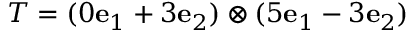
T = ( 0 \mathbf { e } _ { 1 } + 3 \mathbf { e } _ { 2 } ) \otimes ( 5 \mathbf { e } _ { 1 } - 3 \mathbf { e } _ { 2 } )